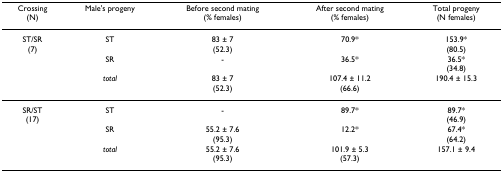
<table><thead><tr><td><b>Crossing(N)</b></td><td><b>Male&#x27;s progeny</b></td><td><b>Before second mating(% females)</b></td><td><b>After second mating(% females)</b></td><td><b>Total progeny(N females)</b></td></tr></thead><tbody><tr><td>ST/SR(7)</td><td>ST</td><td>83 ± 7(52.3)</td><td>70.9*</td><td>153.9*(80.5)</td></tr><tr><td></td><td>SR</td><td>-</td><td>36.5*</td><td>36.5*(34.8)</td></tr><tr><td></td><td><i>total</i></td><td>83 ± 7(52.3)</td><td>107.4 ± 11.2(66.6)</td><td>190.4 ± 15.3</td></tr><tr><td>SR/ST(17)</td><td>ST</td><td>-</td><td>89.7*</td><td>89.7*(46.9)</td></tr><tr><td></td><td>SR</td><td>55.2 ± 7.6(95.3)</td><td>12.2*</td><td>67.4*(64.2)</td></tr><tr><td></td><td><i>total</i></td><td>55.2 ± 7.6(95.3)</td><td>101.9 ± 5.3(57.3)</td><td>157.1 ± 9.4</td></tr></tbody></table>